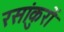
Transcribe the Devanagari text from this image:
रसांकुरों